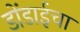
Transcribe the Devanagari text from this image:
डोंडाईचा